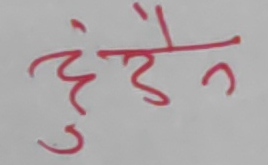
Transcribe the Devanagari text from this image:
हुदैन